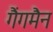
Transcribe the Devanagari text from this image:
गैंगमैन